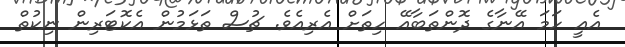
އެއީ ހަމަ އޭނާގެ ދޮންތަބާއޭ ހިތަށް އެރިއެވެ. ޗުސް ތަޅަމުން އެކޮޓަރިން ނިކުތް